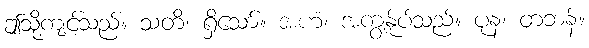
ဤသို့ကျင့်သည်။ သတိ၊ ရှိသော်။ အဟံ၊ အကျွန်ုပ်သည်။ ပုန၊ တဘန်။